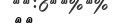
٢٠